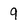
Character: 9